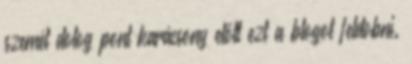
szemét dolog pont karácsony előtt ezt a blogot feldobni.